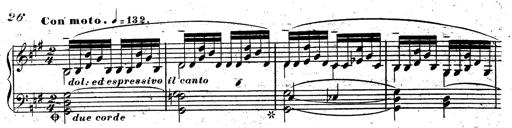
Title: Rondeau fantastique sur un thÃ¨me espagnol
Composer: Franz Liszt